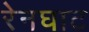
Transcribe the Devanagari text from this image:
रेनघाट